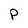
Character: P